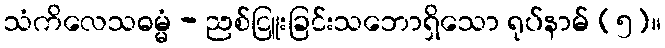
သံကိလေသဓမ္မံ - ညစ်ငြူးခြင်းသဘောရှိသော ရုပ်နာမ် (၅)။